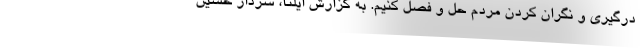
درگیری و نگران کردن مردم حل و فصل کنیم. به گزارش ایلنا، سردار حسین